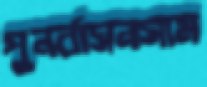
পুনর্বাসনসাম